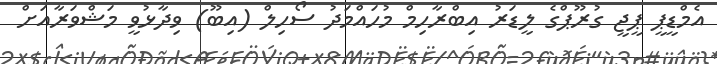
އެމްޑީޕީ ޕީޖީ ގުރޫޕްގެ ލީޑަރު އިބްރާހިމް މުހައްމަދު ސޯހިލް (އިބޫ) ވިދާޅުވީ މަޝްވަރާއަށް